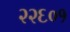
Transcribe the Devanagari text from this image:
२२६०१